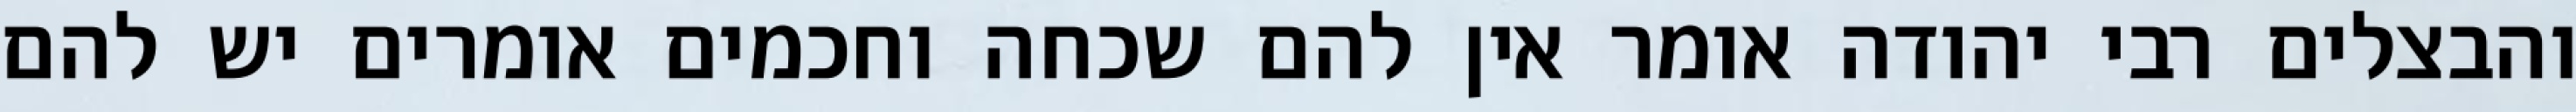
והבצלים רבי יהודה אומר אין להם שכחה וחכמים אומרים יש להם